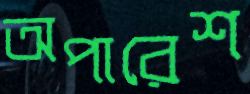
অপারেশ